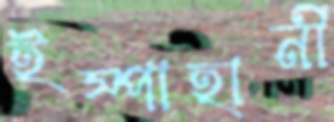
ইস্পাহানী